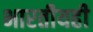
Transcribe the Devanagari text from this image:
भारतीयही